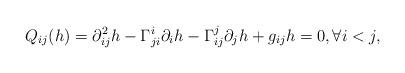
LaTeX: \begin{align*} Q_{ij}(h)=\partial^2_{ij}h-\Gamma_{ji}^i\partial_ih-\Gamma_{ij}^j\partial_jh+g_{ij}h=0, \forall i< j, \end{align*}